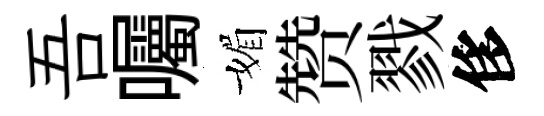
吾囑媚赞戮侈